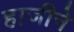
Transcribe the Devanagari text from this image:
हाजीने